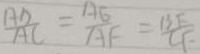
\frac { A D } { A C } = \frac { A E } { A F } = \frac { B F } { C F }